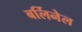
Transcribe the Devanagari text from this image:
बर्लिनेल